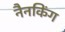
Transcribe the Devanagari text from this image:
नैनकिंग